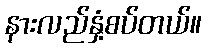
နားလည်နှံ့စပ်တယ်။